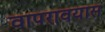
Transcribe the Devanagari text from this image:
वापरावयास